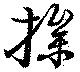
操